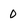
Character: 0